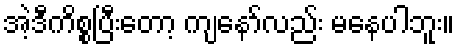
အဲ့ဒီကိစ္စပြီးတော့ ကျနော်လည်း မနေပါဘူး။